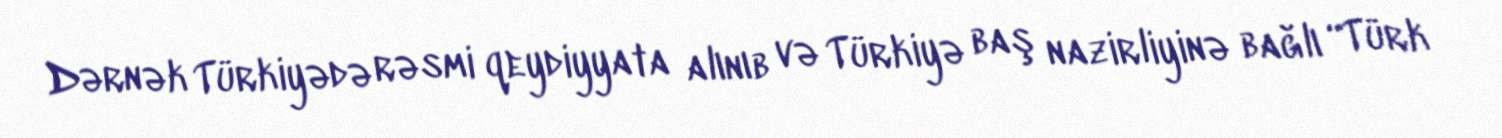
Dərnək Türkiyədə rəsmi qeydiyyata alınıb və Türkiyə baş nazirliyinə bağlı “Türk